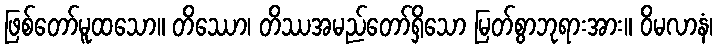
ဖြစ်တော်မူထသော။ တိဿော၊ တိဿအမည်တော်ရှိသော မြတ်စွာဘုရားအား။ ဝိမလာနံ၊